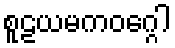
စူဠယမကဝဂ္ဂေါ